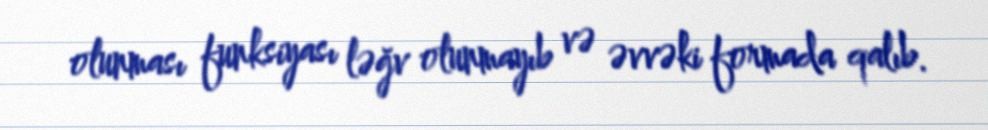
olunması funksiyası ləğv olunmayıb və əvvəki formada qalıb.